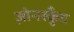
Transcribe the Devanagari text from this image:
ज़ोनस्कुँद